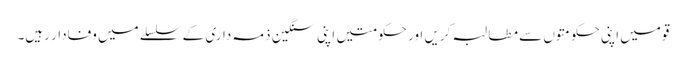
قومیں اپنی حکومتوں سے مطالبہ کریں اور حکومتیں اپنی سنگین ذمہ داری کے سلسلے میں وفادار رہیں۔